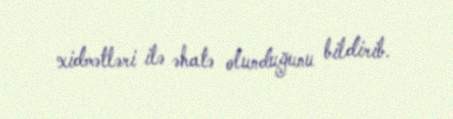
xidmətləri ilə əhatə olunduğunu bildirib.